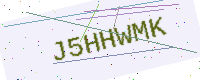
Text: J5HHWMK